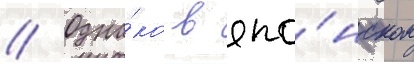
// Одна́ко в япо́нском